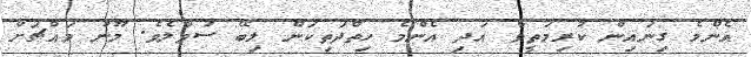
އެންމެ ގިނައިން ކުރިމަތީވާ އަދި އެންމެ ހިތްދަތިކަން ލިބޭ ސުވާލެވެ. މޫނު މައްޗަށް